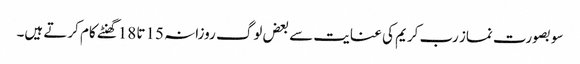
سو بصورت نماز رب کریم کی عنایت سے بعض لوگ روزانہ 15تا 18گھنٹے کام کرتے ہیں۔